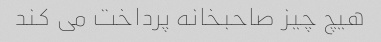
هیچ چیز صاحبخانه پرداخت می کند